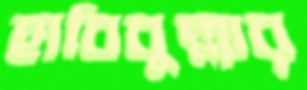
হাবিবুল্লার